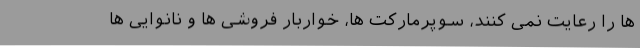
ها را رعایت نمی کنند، سوپرمارکت ها، خواربار فروشی ها و نانوایی ها